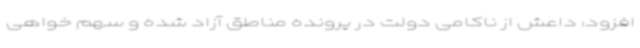
افزود: داعش از ناکامی دولت در پرونده مناطق آزاد شده و سهم ‌خواهی